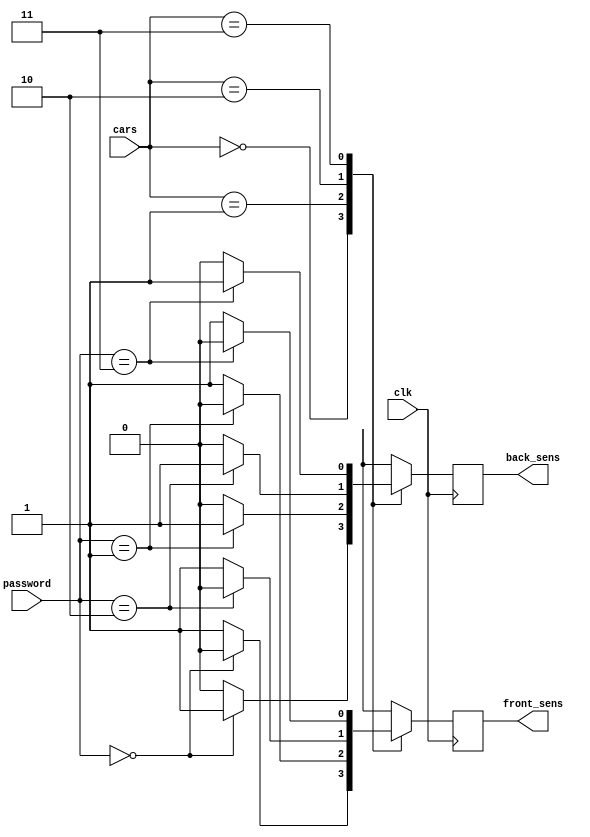
module car(cars,clk,password,back_sens,front_sens);
input clk;
input [1:0]cars;
input [2:0]password;
output reg back_sens,front_sens;
reg [1:0]next_state;
parameter car1=2'b00, car2=2'b01,car3=2'b10,car4=2'b11;

always @(posedge clk)
begin
  case(cars[1:0])
 car1:if(password==3'b000)
       begin 
       back_sens = 1;
       front_sens=0;
       end
       else begin
       next_state = car1;
       back_sens=0;
       front_sens=1;
        end

 car2: if(password==3'b001)
       begin 
        back_sens = 1;
       front_sens=0;
       end
       else begin
       next_state = car2;
        back_sens=0;
       front_sens=1;
        end

 car3: if(password==3'b010)
       begin 
        back_sens = 1;
       front_sens=0;
       end
       else begin
       next_state = car3;
        back_sens=0;
       front_sens=1;
        end

 car4: if(password==3'b011)
       begin
        back_sens = 1;
       front_sens=0;
       end
       else begin
       next_state = car4;
        back_sens=0;
       front_sens=1;
        end

 default:begin next_state = car1;
          back_sens = 0; end

  endcase
end

endmodule